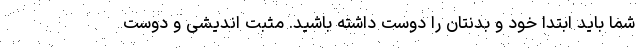
شما باید ابتدا خود و بدنتان را دوست داشته باشید. مثبت اندیشی و دوست